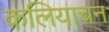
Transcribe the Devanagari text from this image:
कलियाचन